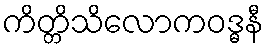
ကိတ္တိသိလောကဝဒ္ဓနီ